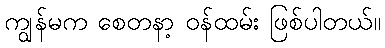
ကျွန်မက စေတနာ့ ဝန်ထမ်း ဖြစ်ပါတယ်။